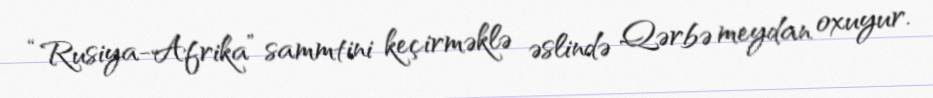
“Rusiya-Afrika” sammtini keçirməklə əslində Qərbə meydan oxuyur.